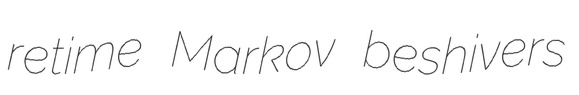
retime Markov beshivers